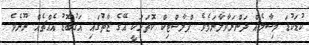
ކުޑަކުޑަ މިސާލެއް ދަންނަވާލާނަމެވެ. ޕްލާސްޓިކް ކޮތަޅަކީ އޭގެ ޒާތުގައި އަގުބޮޑު އެއްޗެއް ނޫނެވެ.